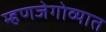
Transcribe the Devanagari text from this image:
म्हणजेगोव्यात